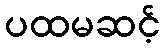
ပထမဆင့်